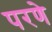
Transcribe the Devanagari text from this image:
परणे